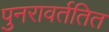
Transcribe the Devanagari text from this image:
पुनरावर्ततित